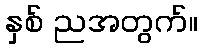
နှစ် ညအတွက်။